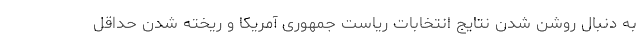
به دنبال روشن شدن نتایج انتخابات ریاست جمهوری آمریکا و ریخته شدن حداقل